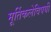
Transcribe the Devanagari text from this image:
मूर्तिकलेविषयी